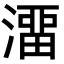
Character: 澑